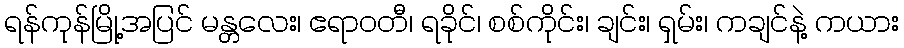
ရန်ကုန်မြို့အပြင် မန္တလေး၊ ဧရာဝတီ၊ ရခိုင်၊ စစ်ကိုင်း၊ ချင်း၊ ရှမ်း၊ ကချင်နဲ့ ကယား